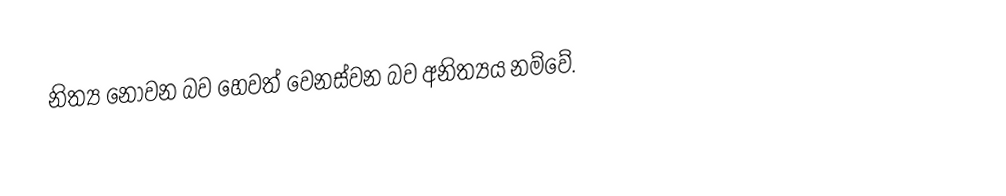
නිත්‍ය නොවන බව හෙවත් වෙනස්වන බව  අනිත්‍යය නම්වේ.